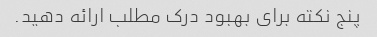
پنج نکته برای بهبود درک مطلب ارائه دهید.